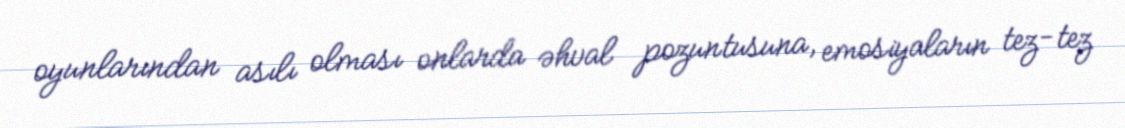
oyunlarından asılı olması onlarda əhval pozuntusuna, emosiyaların tez-tez